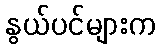
နွယ်ပင်များက